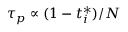
{ \tau } _ { p } \propto ( 1 - t _ { i } ^ { * } ) / N